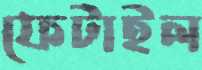
ফেটাইল